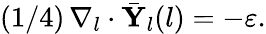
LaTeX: (1/4)\, \nabla_{l}\cdot\bar{\mathbf{Y}}_{l}(l)=-\varepsilon.